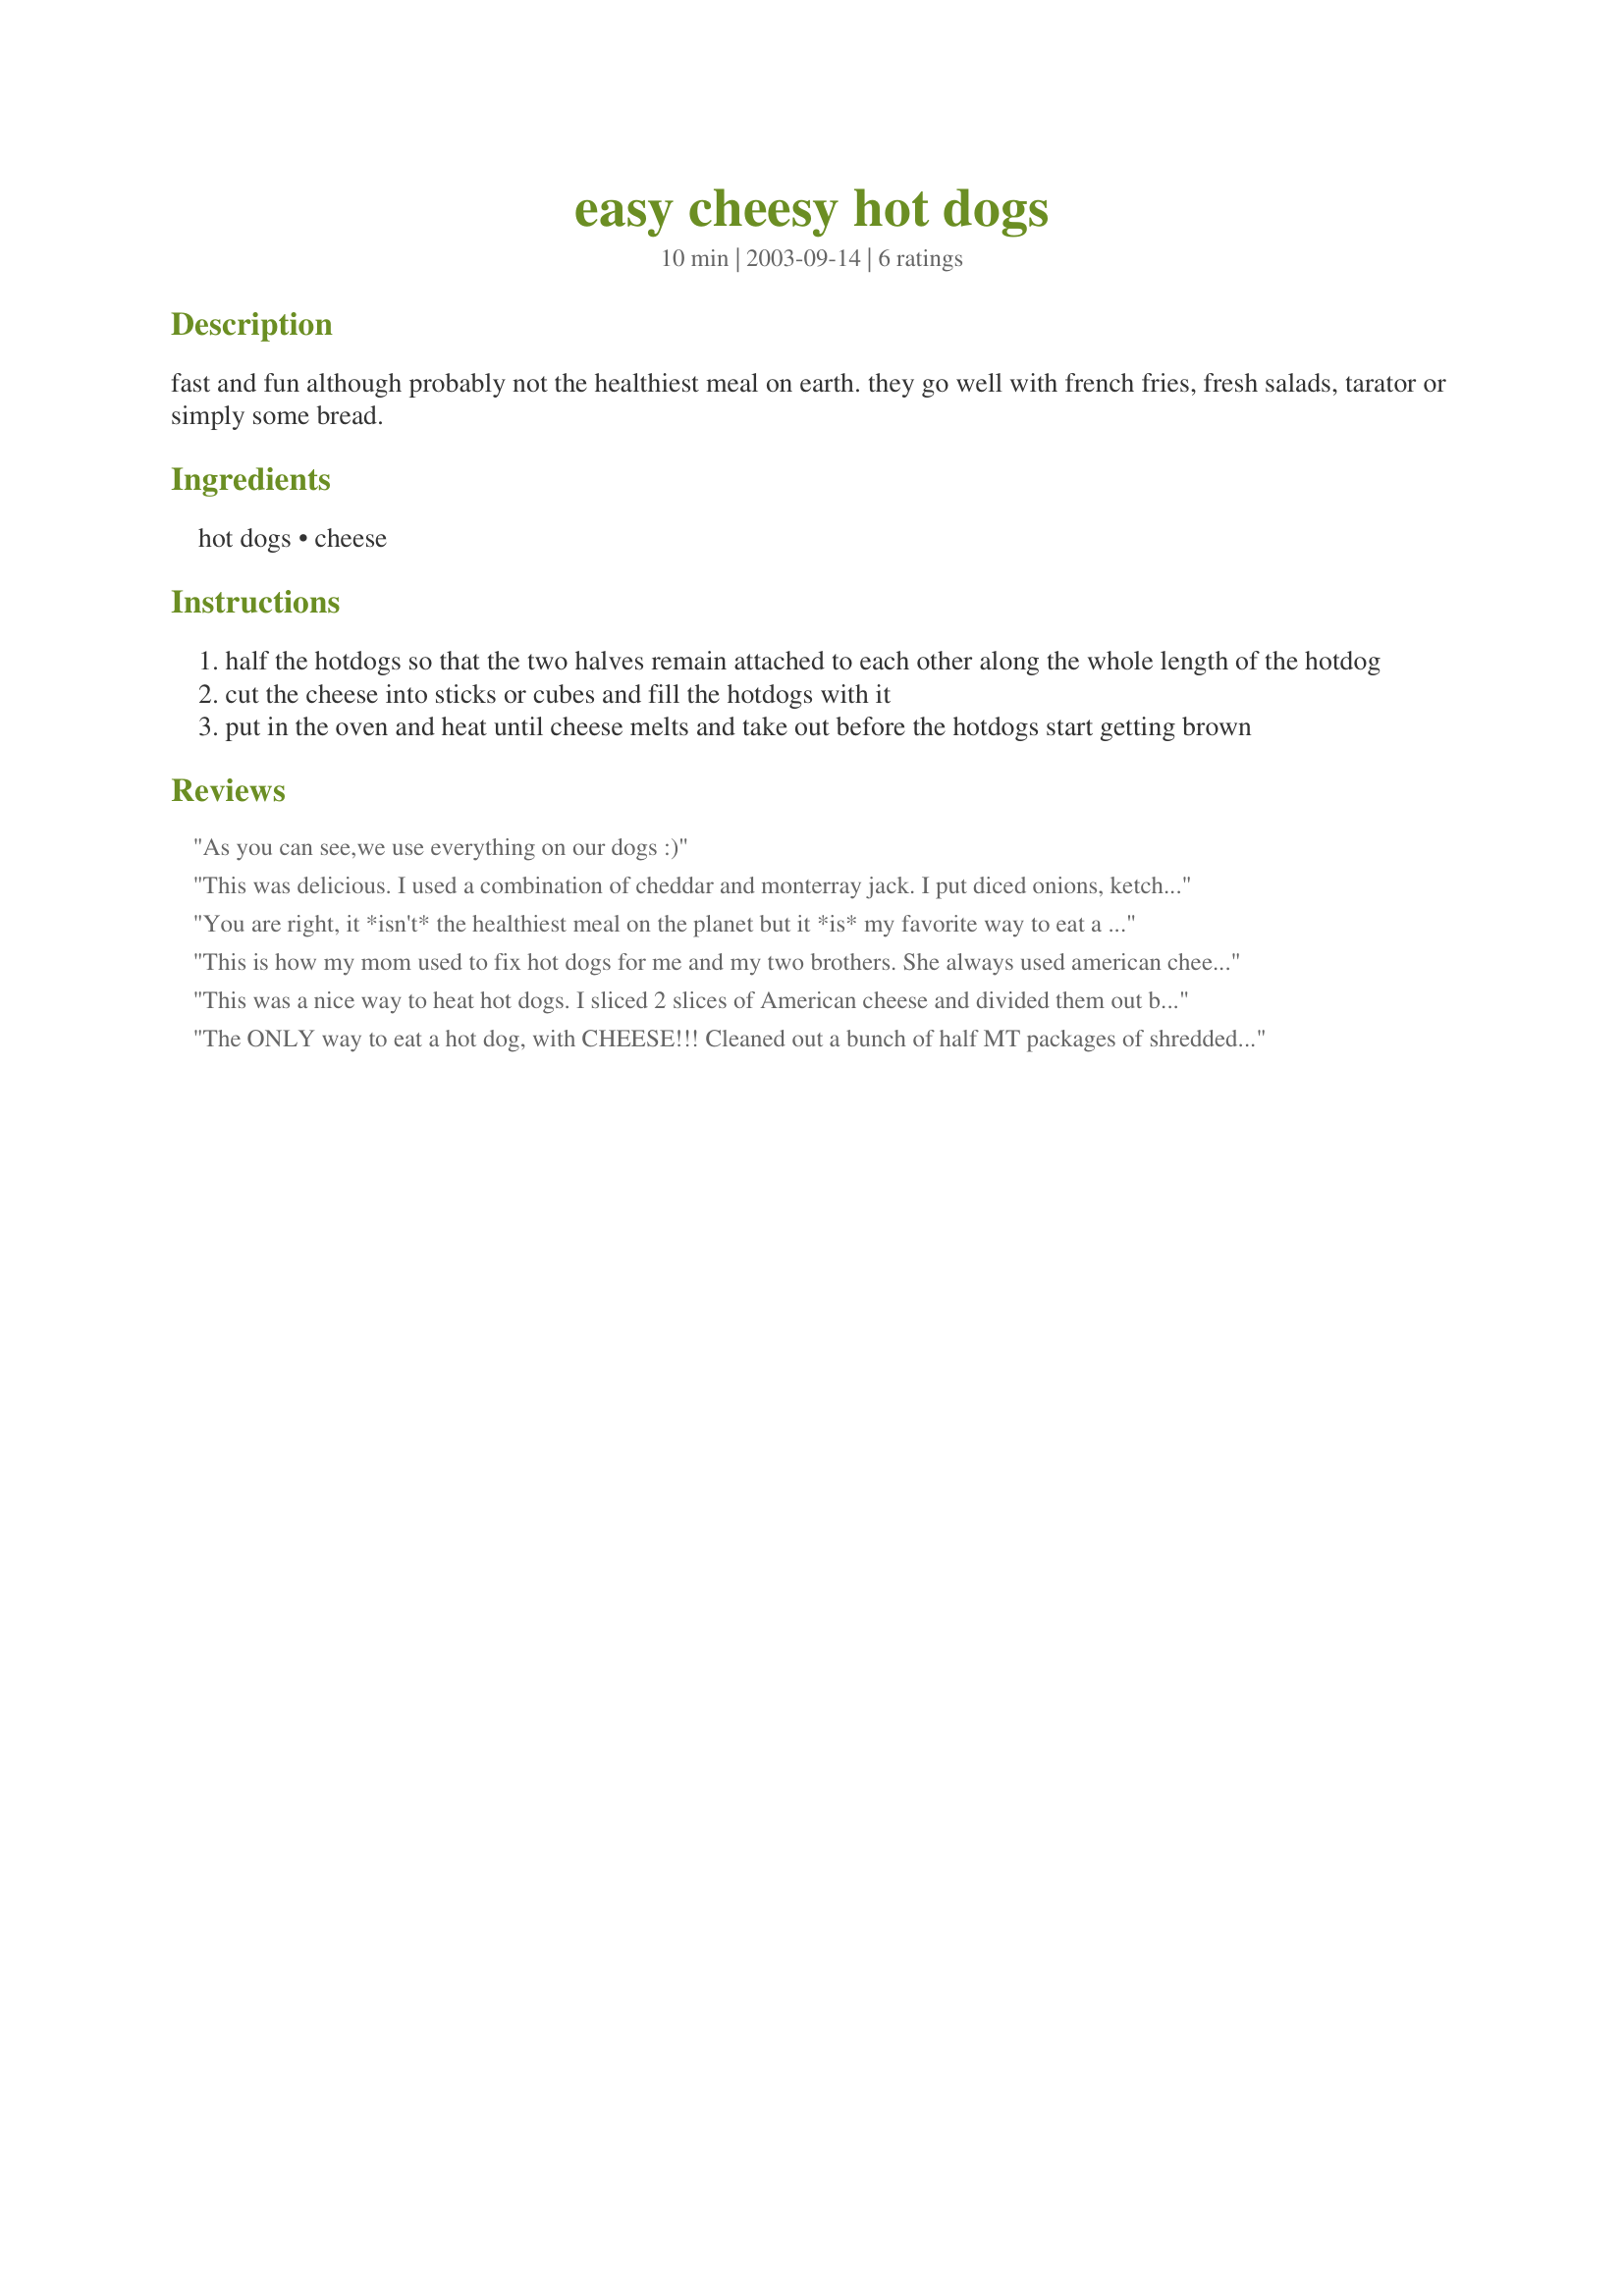
easy cheesy hot dogs
Preparation time: 10 minutes

fast and fun although probably not the healthiest meal on earth. they go well with french fries, fresh salads, tarator or simply some bread.

Ingredients:
hot dogs, cheese

Steps:
half the hotdogs so that the two halves remain attached to each other along the whole length of the hotdog
cut the cheese into sticks or cubes and fill the hotdogs with it
put in the oven and heat until cheese melts and take out before the hotdogs start getting brown

Reviews:
As you can see,we use everything on our dogs :)
This was delicious. I used a combination of cheddar and monterray jack. I put diced onions, ketchup and ball park mustard on it. Yummy.
You are right, it *isn't* the healthiest meal on the planet but it *is* my favorite way to eat a hot dog! I use sharp cheddar cheese and top it with ketchup and yellow mustard. True comfort food...to be indulged in sparingly. ;o)
This is how my mom used to fix hot dogs for me and my two brothers. She always used american cheese. I am going to make these today with low fat beef hot dogs and 2% american cheese. Thanks for the reminder
This was a nice way to heat hot dogs. I sliced 2 slices of American cheese and divided them out between three large hot dogs, and heated everything in my toaster oven (set to 400) for about seven minutes. Yum!
The ONLY way to eat a hot dog, with CHEESE!!!
Cleaned out a bunch of half MT packages of shredded cheese in the drawer so it was a mix of cheddar, velveeta and casserole cheese. Ketchup, sweet pickles and onions went on top. AWESOME!!!
